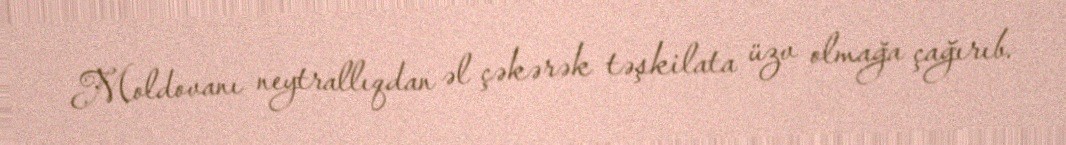
Moldovanı neytrallıqdan əl çəkərək təşkilata üzv olmağa çağırıb.